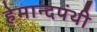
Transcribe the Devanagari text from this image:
हेमान्दपंथी